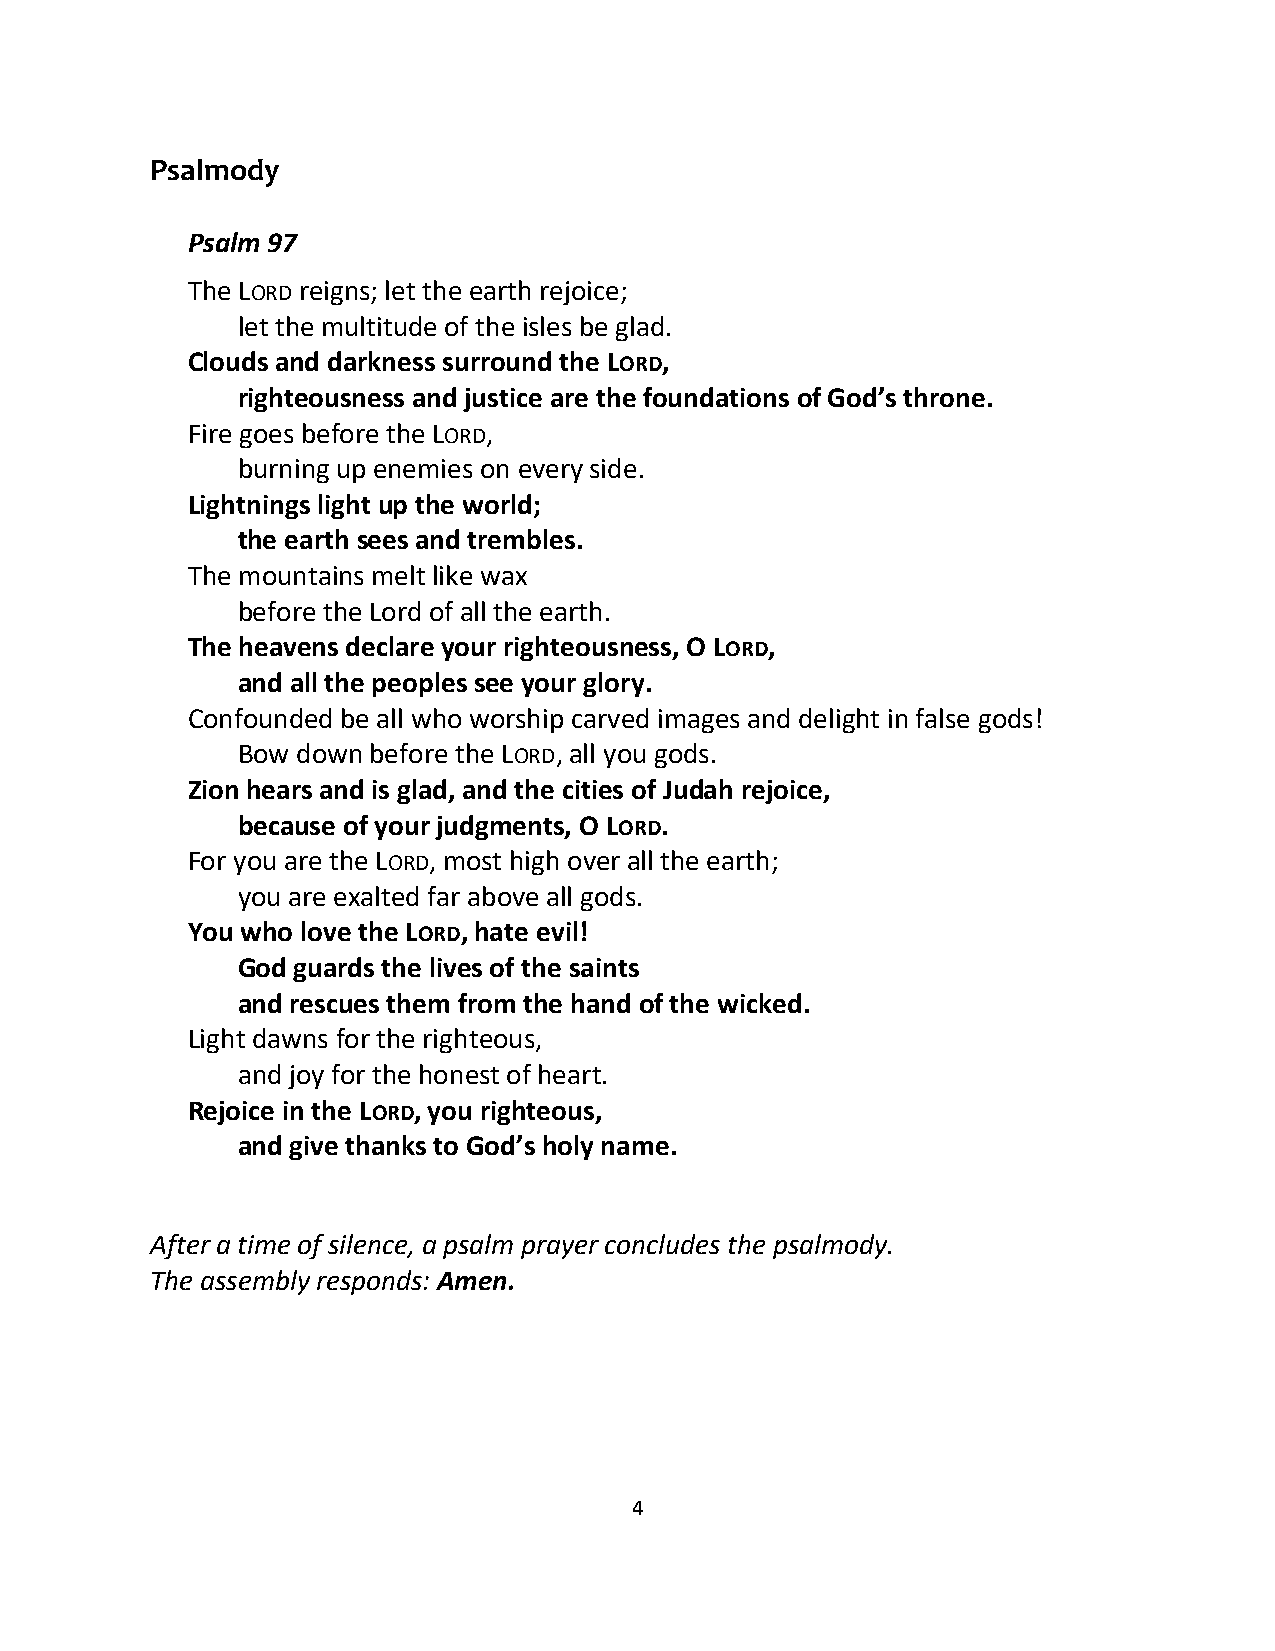
Psalmody
 Psalm 97
 The LORD reigns; let the earth rejoice;
 let the multitude of the isles be glad.
 Clouds and darkness surround the LORD,
 righteousness and justice are the foundations of God’s throne.
 Fire goes before the LORD,
 burning up enemies on every side.
 Lightnings light up the world;
 the earth sees and trembles.
 The mountains melt like wax
 before the Lord of all the earth.
 The heavens declare your righteousness, O LORD,
 and all the peoples see your glory.
 Confounded be all who worship carved images and delight in false gods!
 Bow down before the LORD, all you gods.
 Zion hears and is glad, and the cities of Judah rejoice,
 because of your judgments, O LORD.
 For you are the LORD, most high over all the earth;
 you are exalted far above all gods.
 You who love the LORD, hate evil!
 God guards the lives of the saints
 and rescues them from the hand of the wicked.
 Light dawns for the righteous,
 and joy for the honest of heart.
 Rejoice in the LORD, you righteous,
 and give thanks to God’s holy name.
 After a time of silence, a psalm prayer concludes the psalmody.
 The assembly responds: Amen.
 4